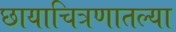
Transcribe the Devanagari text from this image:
छायाचित्रणातल्या